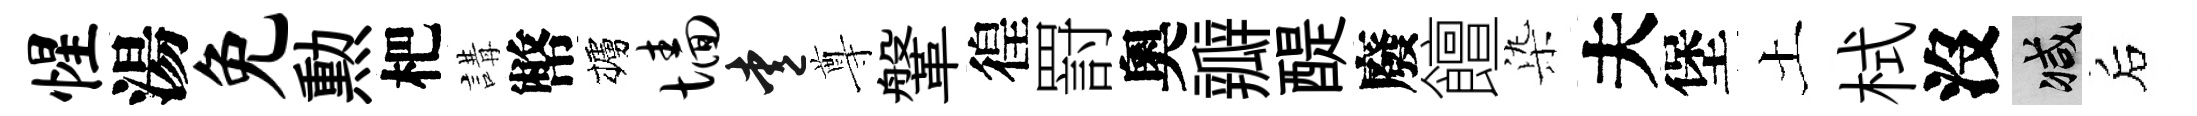
惺湯免勲杷講幣櫨墙愛尊鞶徨罸奧瓣醍廢饘𣑱夫堡土栻沒减后